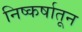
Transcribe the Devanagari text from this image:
निष्कर्षातून